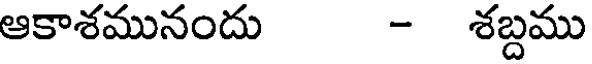
ఆకాశమునందు - శబ్దము